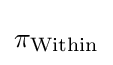
\pi _{\text{Within}}